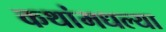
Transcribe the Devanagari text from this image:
कथांमधल्या